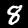
Digit: 8